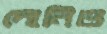
দোনিও